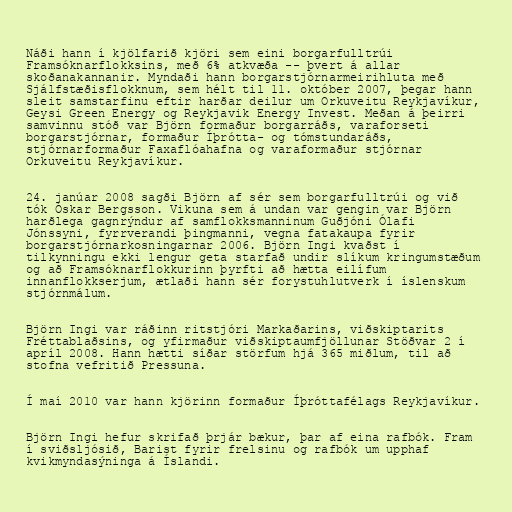
Náði hann í kjölfarið kjöri sem eini borgarfulltrúi
Framsóknarflokksins, með 6% atkvæða -- þvert á allar
skoðanakannanir. Myndaði hann borgarstjórnarmeirihluta með
Sjálfstæðisflokknum, sem hélt til 11. október 2007, þegar hann
sleit samstarfinu eftir harðar deilur um Orkuveitu Reykjavíkur,
Geysi Green Energy og Reykjavik Energy Invest. Meðan á þeirri
samvinnu stóð var Björn formaður borgarráðs, varaforseti
borgarstjórnar, formaður Íþrótta- og tómstundaráðs,
stjórnarformaður Faxaflóahafna og varaformaður stjórnar
Orkuveitu Reykjavíkur.

24. janúar 2008 sagði Björn af sér sem borgarfulltrúi og við
tók Óskar Bergsson. Vikuna sem á undan var gengin var Björn
harðlega gagnrýndur af samflokksmanninum Guðjóni Ólafi
Jónssyni, fyrrverandi þingmanni, vegna fatakaupa fyrir
borgarstjórnarkosningarnar 2006. Björn Ingi kvaðst í
tilkynningu ekki lengur geta starfað undir slíkum kringumstæðum
og að Framsóknarflokkurinn þyrfti að hætta eilífum
innanflokkserjum, ætlaði hann sér forystuhlutverk í íslenskum
stjórnmálum.

Björn Ingi var ráðinn ritstjóri Markaðarins, viðskiptarits
Fréttablaðsins, og yfirmaður viðskiptaumfjöllunar Stöðvar 2 í
apríl 2008. Hann hætti síðar störfum hjá 365 miðlum, til að
stofna vefritið Pressuna.

Í maí 2010 var hann kjörinn formaður Íþróttafélags Reykjavíkur.

Björn Ingi hefur skrifað þrjár bækur, þar af eina rafbók. Fram
í sviðsljósið, Barist fyrir frelsinu og rafbók um upphaf
kvikmyndasýninga á Íslandi.